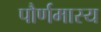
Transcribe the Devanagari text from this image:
पौर्णमास्य